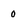
Character: 0